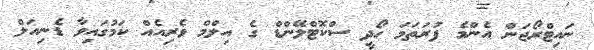
ނައިޓްރޯޖަން އެންމެ ފުރަތަމަ ހޯދީ ސްކޮޓްލޭންޑް ގެ އިލްމް ވެރިއެއް ކަމުގައިވާ ޑެނިއަލް